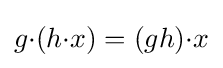
g{\cdot }(h{\cdot }x)=(gh){\cdot }x